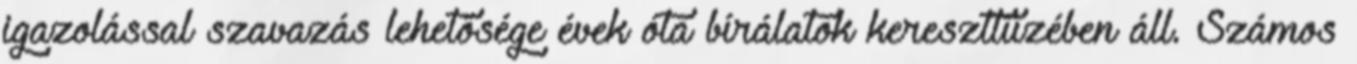
igazolással szavazás lehetősége évek óta bírálatok kereszttüzében áll. Számos